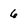
Character: 6